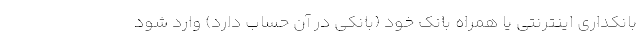
بانکداری اینترنتی یا همراه بانک خود (بانکی در آن حساب دارد) وارد شود